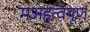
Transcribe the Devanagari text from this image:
मअहत्वपूर्ण